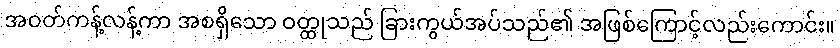
အဝတ်ကန့်လန့်ကာ အစရှိသော ဝတ္ထုသည် ခြားကွယ်အပ်သည်၏ အဖြစ်ကြောင့်လည်းကောင်း။